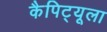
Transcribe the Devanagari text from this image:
कैपिट्यूला